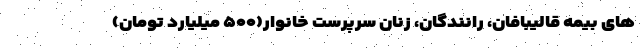
های بیمه قالیبافان، رانندگان، زنان سرپرست خانوار(۵۰۰ میلیارد تومان)